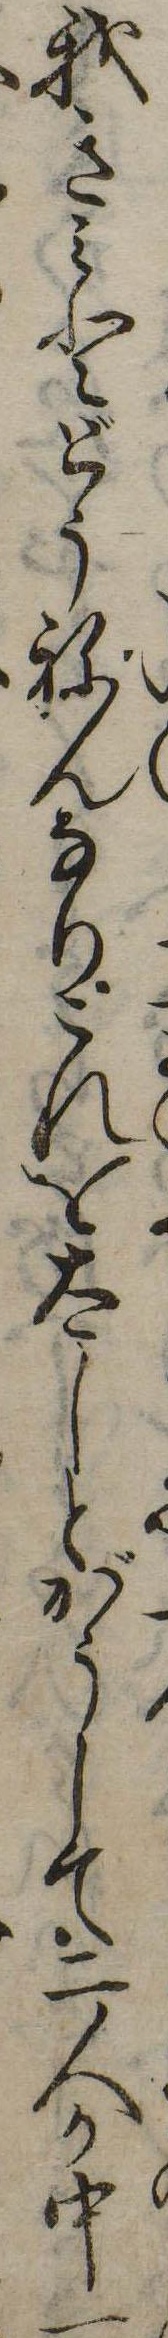
我きみとどうねんなりこれを太しとがうして二人か中一